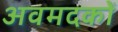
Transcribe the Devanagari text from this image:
अवमदकों